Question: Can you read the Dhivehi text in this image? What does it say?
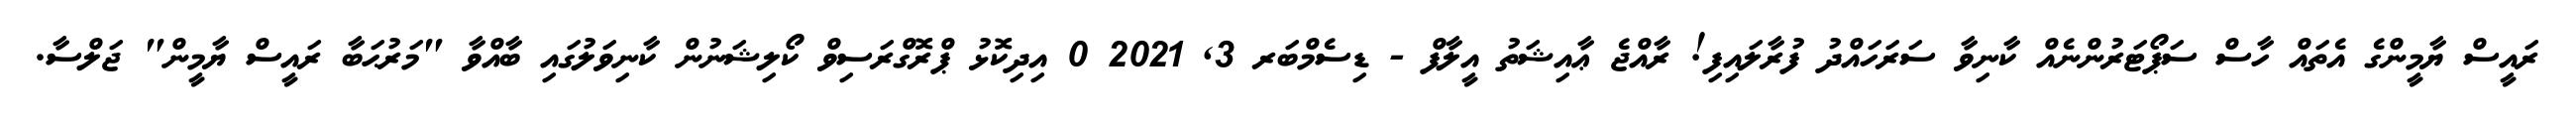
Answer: ރައީސް ޔާމީންގެ އެތައް ހާސް ސަޕޯޓަރުންނެއް ކާނިވާ ސަރަހައްދު ފުރާލައިފި! ރާއްޖެ ޢާއިޝަތު އީލާފް - ޑިސެމްބަރ 3, 2021 0 އިދިކޮޅު ޕްރޮގްރަސިވް ކޯލިޝަނުން ކާނިވަލުގައި ބާއްވާ "މަރުޙަބާ ރައީސް ޔާމީން" ޖަލްސާ.